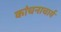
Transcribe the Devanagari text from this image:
कांचनाचार्य